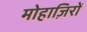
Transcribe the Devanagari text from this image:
मोहाज़िरों